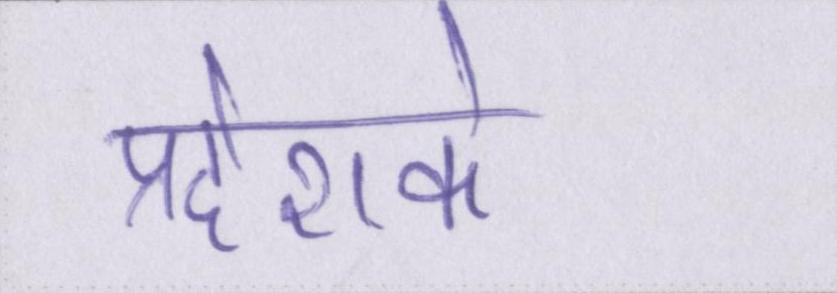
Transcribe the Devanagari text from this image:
प्रदेशके